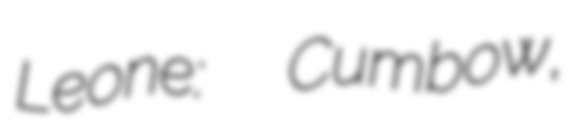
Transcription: Leone:  Cumbow,